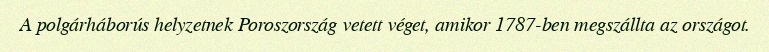
A polgárháborús helyzetnek Poroszország vetett véget, amikor 1787-ben megszállta az országot.